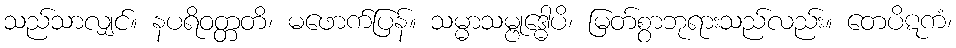
သည်သာလျှင်။ နပရိဝတ္တတိ၊ မဖောက်ပြန်။ သမ္မာသမ္ဗုဒ္ဓေါပိ၊ မြတ်စွာဘုရားသည်လည်း။ တေပိဋကံ၊